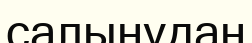
салынудан